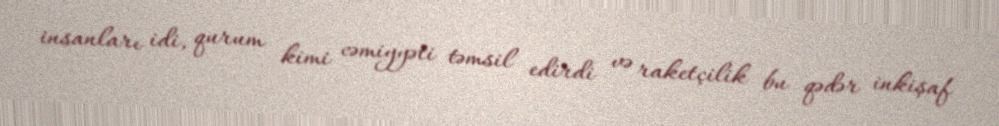
insanları idi, qurum kimi cəmiyyəti təmsil edirdi və raketçilik bu qədər inkişaf